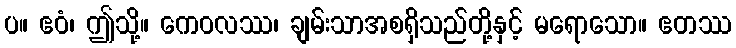
ပ။ ဧဝံ၊ ဤသို့။ ကေဝလဿ၊ ချမ်းသာအစရှိသည်တို့နှင့် မရောသော။ ဧတဿ